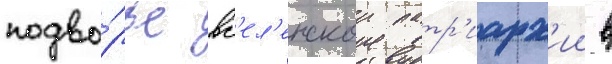
подво́рье вс'ел'енскои патр'иарх'ии в